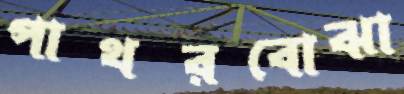
পাথরবোঝা